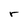
Character: r